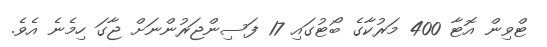
ޓްވިން އޮޓާ 400 މަރުކާގެ ބޯޓުގައި 17 ފަސިންޖަރުންނަށް ޖާގަ ހިމެނެ އެވެ.